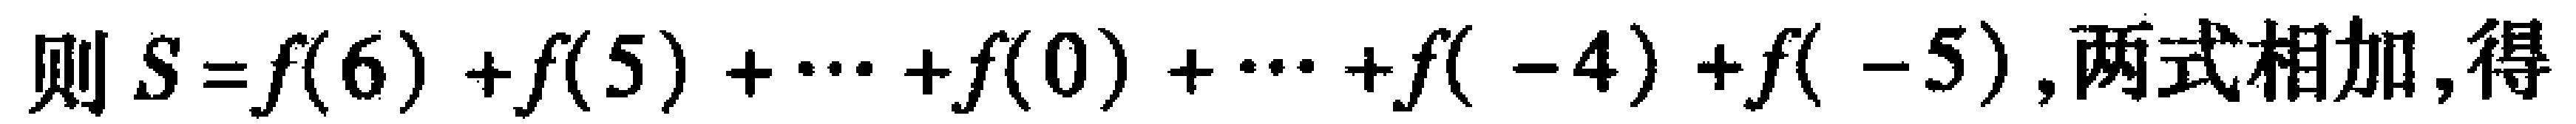
则 \(S = f(6)+f(5)+\cdots +f(0)+\cdots +f(-4)+f(-5)\), 两式相加, 得